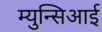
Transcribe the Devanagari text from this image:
म्युन्सिआई